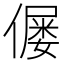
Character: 𠎪